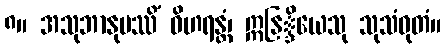
၈။ အသုဘာနုပဿိံ ဝိဟရန္တံ၊ ဣနြ္ဒိယေသု သုသံဝုတံ။